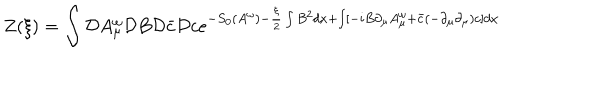
LaTeX: Z ( \xi ) = \int { \cal D } A _ { \mu } ^ { \omega } { \cal D } B { \cal D } \bar { c } { \cal D } c e ^ { - S _ { 0 } ( A ^ { \omega } ) - \frac { \xi } { 2 } \int B ^ { 2 } d x + \int [ - i B \partial _ { \mu } A _ { \mu } ^ { \omega } + \bar { c } ( - \partial _ { \mu } \partial _ { \mu } ) c ] d x }